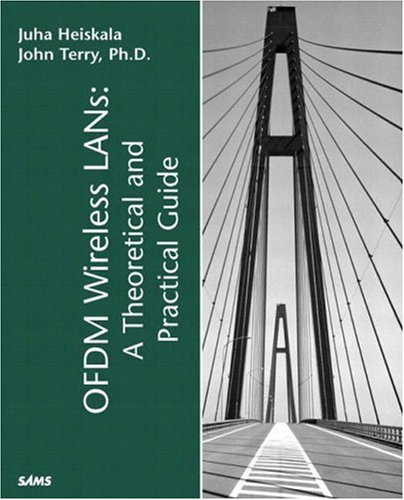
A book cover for OFDM Wireless LANs: A Theoretical and Practical Guide; Juha Heiskala; Computers & Technology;